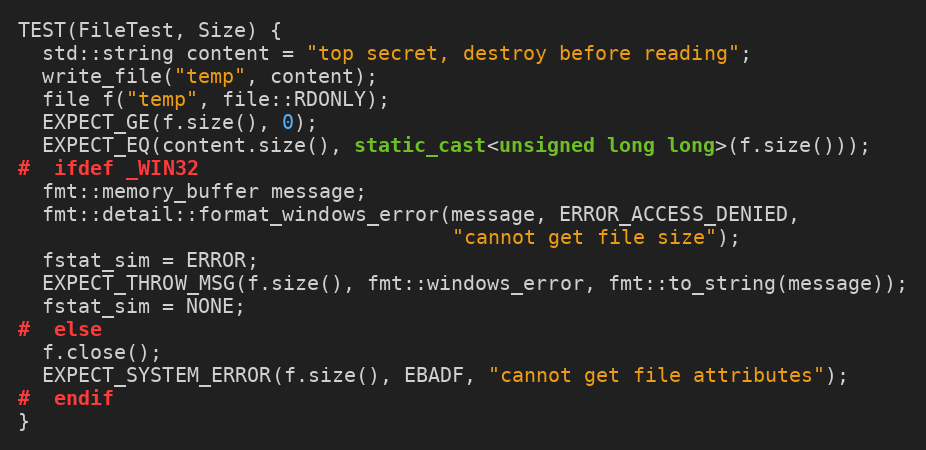
Language: C++
TEST(FileTest, Size) {
  std::string content = "top secret, destroy before reading";
  write_file("temp", content);
  file f("temp", file::RDONLY);
  EXPECT_GE(f.size(), 0);
  EXPECT_EQ(content.size(), static_cast<unsigned long long>(f.size()));
#  ifdef _WIN32
  fmt::memory_buffer message;
  fmt::detail::format_windows_error(message, ERROR_ACCESS_DENIED,
                                    "cannot get file size");
  fstat_sim = ERROR;
  EXPECT_THROW_MSG(f.size(), fmt::windows_error, fmt::to_string(message));
  fstat_sim = NONE;
#  else
  f.close();
  EXPECT_SYSTEM_ERROR(f.size(), EBADF, "cannot get file attributes");
#  endif
}